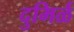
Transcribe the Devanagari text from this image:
दुमिर्ळ